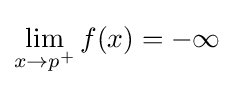
\lim _{x\to p^{+}}f(x)=-\infty